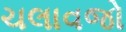
ચલાવજો